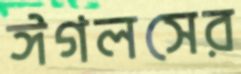
ঈগলসের